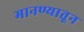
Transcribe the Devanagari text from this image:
मानण्यातून